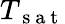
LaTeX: T_{\mathrm{~s~a~t~}}